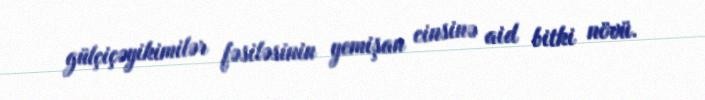
gülçiçəyikimilər fəsiləsinin yemişan cinsinə aid bitki növü.